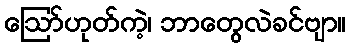
ဪဟုတ်ကဲ့၊ ဘာတွေလဲခင်ဗျာ။